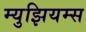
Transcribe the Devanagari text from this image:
म्‍युझियम्‍स